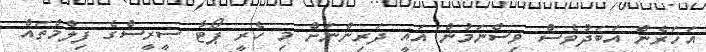
އަހަރެން އަބަދުވެސް ވިސްނަމުން އައީ ދަރިންނަށް މި ހެރީ ޕޯޓާ ސީރީސްގެ ފިލްމްތައް